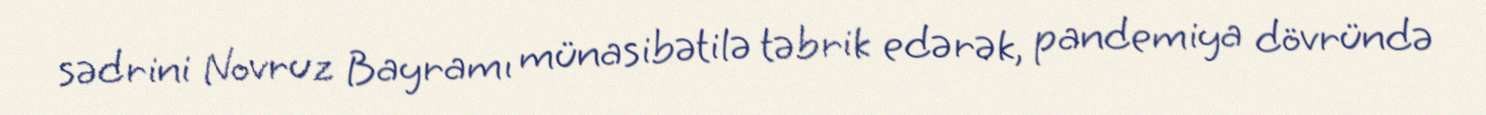
sədrini Novruz Bayramı münasibətilə təbrik edərək, pandemiya dövründə